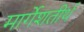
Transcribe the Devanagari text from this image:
मार्गेशतीर्थ